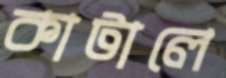
কাটালে